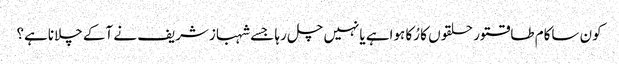
کون ساکام طاقتور حلقوں کا رُکا ہواہے یانہیں چل رہا جسے شہبازشریف نے آکے چلاناہے؟